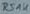
Text: RS1K